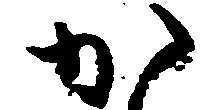
か